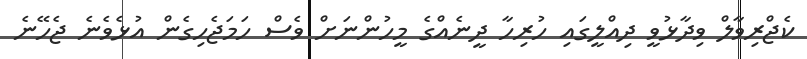
ކެޖްރިވާލް ވިދާޅުވީ ދިއްލީގައި ހުރިހާ ދީނެއްގެ މީހުންނަށް ވެސް ހަމަޖެހިގެން އުޅެވެނެ ޖެހޭނެ